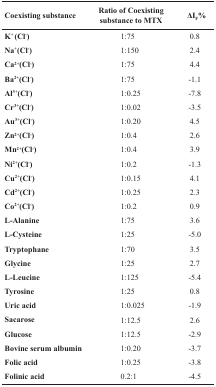
| Coexisting substance | Ratio of Coexisting substance to MTX | ΔIF% |
 | --- | --- | --- |
 | K+ (Cl-) | 1:75 | 0.8 |
 | Na+(Cl-) | 1:150 | 2.4 |
 | Ca2+(Cl-) | 1:75 | 4.4 |
 | Ba2+(Cl-) | 1:75 | -1.1 |
 | Al3+(Cl-) | 1:0.25 | -7.8 |
 | Cr3+(Cl-) | 1:0.02 | -3.5 |
 | Au3+(Cl-) | 1:0.20 | 4.5 |
 | Zn2+(Cl-) | 1:0.4 | 2.6 |
 | Mn2+(Cl-) | 1:0.4 | 3.9 |
 | Ni2+(Cl-) | 1:0.2 | -1.3 |
 | Cu2+(Cl-) | 1:0.15 | 4.1 |
 | Cd2+(Cl-) | 1:0.25 | 2.3 |
 | Co2+(Cl-) | 1:0.2 | 0.9 |
 | L-Alanine | 1:75 | 3.6 |
 | L-Cysteine | 1:25 | -5.0 |
 | Tryptophane | 1:70 | 3.5 |
 | Glycine | 1:25 | 2.7 |
 | L-Leucine | 1:125 | -5.4 |
 | Tyrosine | 1:25 | 0.8 |
 | Uric acid | 1:0.025 | -1.9 |
 | Sacarose | 1:12.5 | 2.6 |
 | Glucose | 1:12.5 | -2.9 |
 | Bovine serum albumin | 1:0.20 | -3.7 |
 | Folic acid | 1:0.25 | -3.8 |
 | Folinic acid | 0.2:1 | -4.5 |